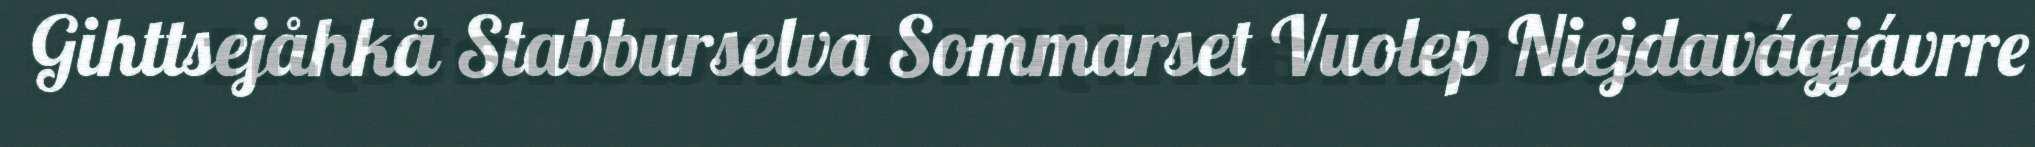
Gihttsejåhkå Stabburselva Sommarset Vuolep Niejdavágjávrre